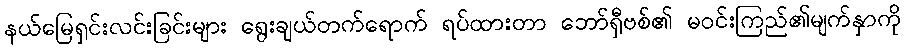
နယ်မြေရှင်းလင်းခြင်းများ ရွေးချယ်တက်ရောက် ရပ်ထားတာ ဘော်ရှီဗစ်၏ မဝင်းကြည်၏မျက်နှာကို